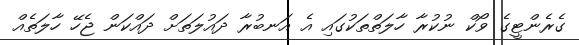
ގެރެންޓީގެ ވޯކް ނުކުރާ ހާލަތްތަކުގައި އެ އަނބުރާ ދައުލަތަށް ދައްކަން ޖެހޭ ހާލަތެއް